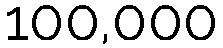
100,000